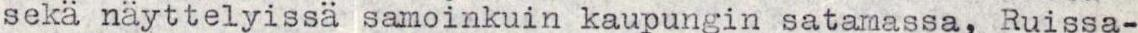
seka näyttelyissä samoin kuin kaupungin satamassa, Ruissa-